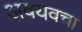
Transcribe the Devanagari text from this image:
अवयवचा